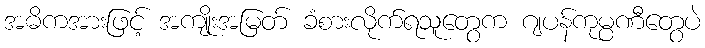
အဓိကအားဖြင့် အကျိုးအမြတ် ခံစားလိုက်ရသူတွေက ဂျပန်ကုမ္ပဏီတွေပဲ